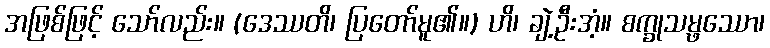
အဖြစ်ဖြင့် သော်လည်း။ (ဒေဿတိ၊ ပြတော်မူ၏။) ဟိ၊ ချဲ့ဦးအံ့။ စက္ခုသမ္ဖဿော၊